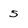
Character: 5